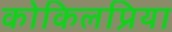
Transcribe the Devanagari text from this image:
कोकिलप्रिया